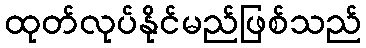
ထုတ်လုပ်နိုင်မည်ဖြစ်သည်